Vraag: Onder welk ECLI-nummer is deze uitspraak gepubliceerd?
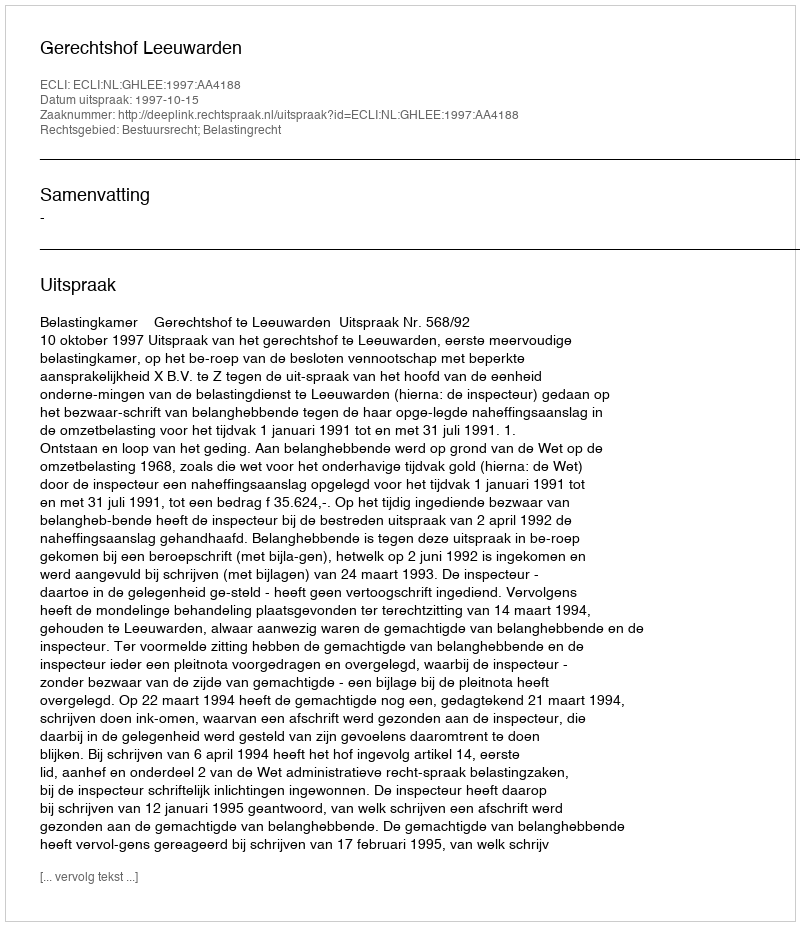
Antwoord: ECLI:NL:GHLEE:1997:AA4188